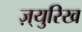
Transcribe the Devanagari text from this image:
ज़्युरिख